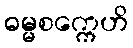
ဓမ္မစက္ကေဟိ